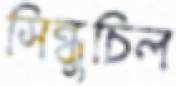
সিন্ধুচিল